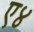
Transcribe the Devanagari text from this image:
ए४